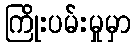
ကြိုးပမ်းမှုမှာ